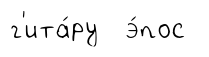
г'ита́ру э́пос